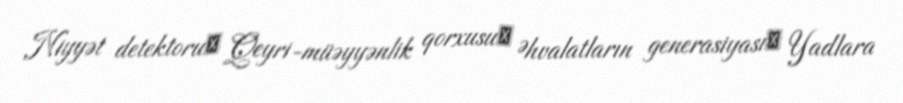
Niyyət detektoru○ Qeyri-müəyyənlik qorxusu○ Əhvalatların generasiyası○ Yadlara